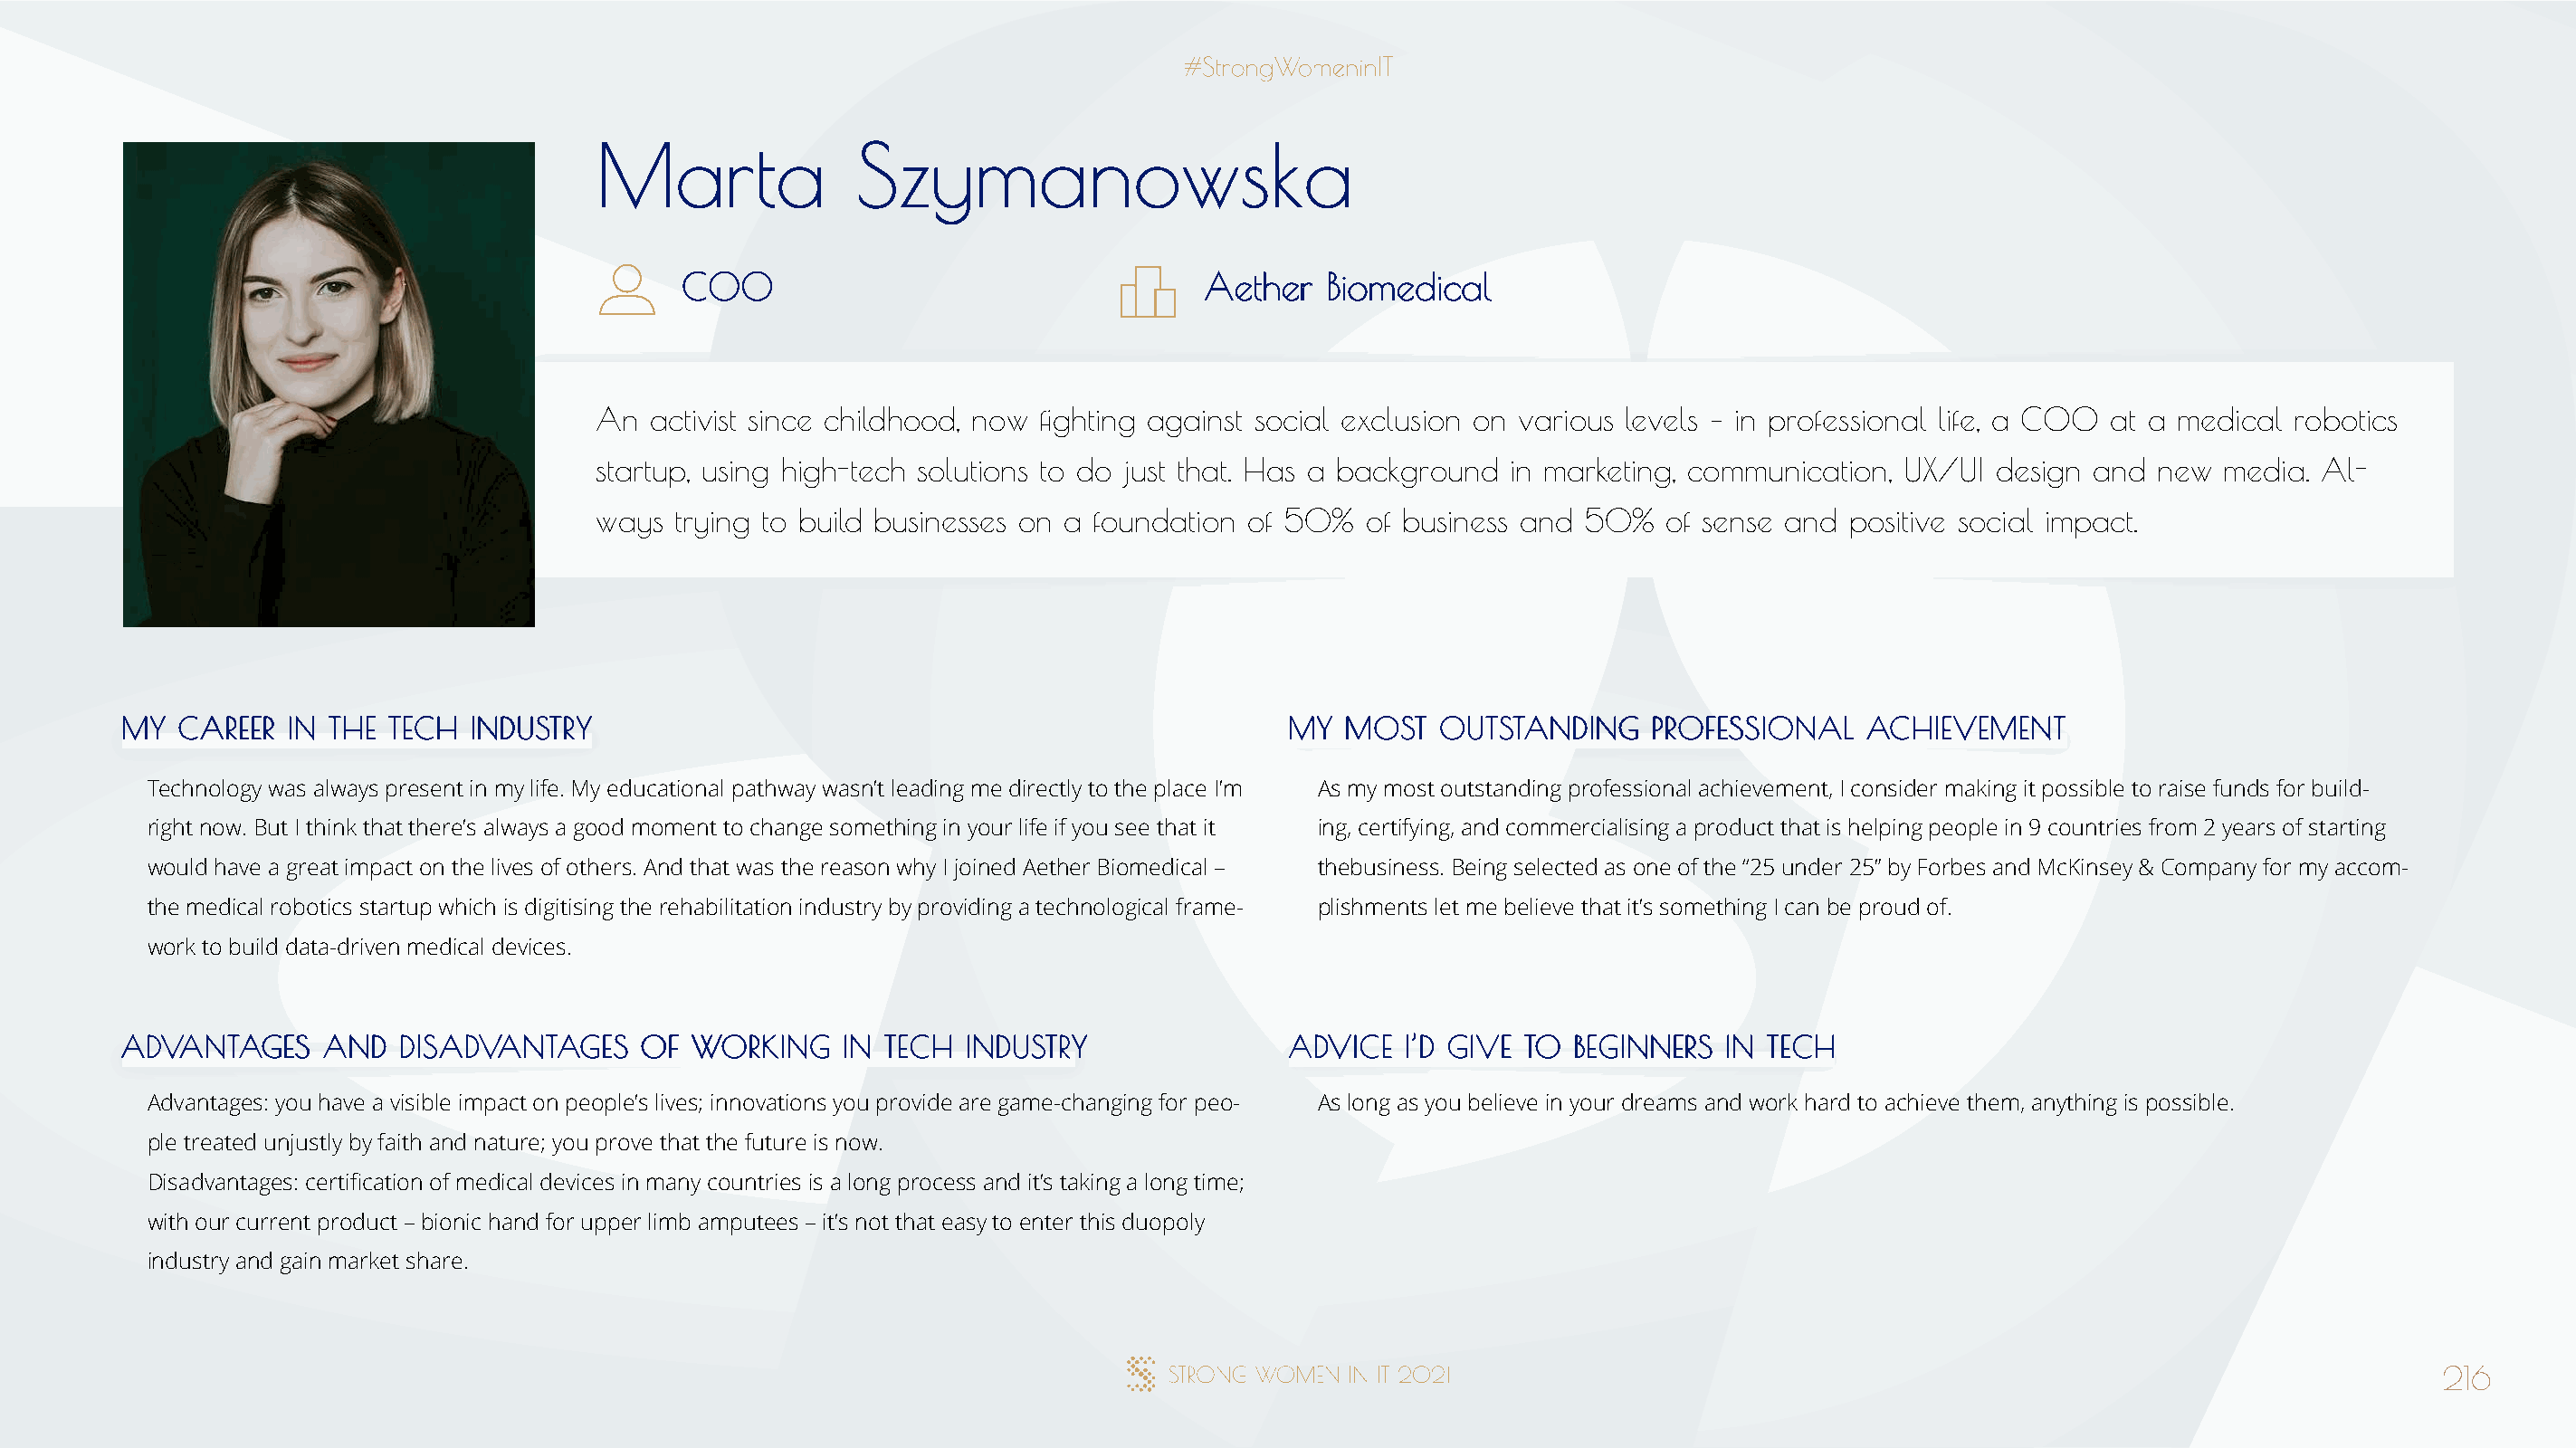
MMaarrttaa         SSzzyymmaannoowwsskkaa
 CCOOOO                                AAeetthheerr BBiioommeeddiiccaall
 An  activist since childhood, now fighting against social exclusion on various levels – in professional life, a COO at a medical robotics
 startup, using high-tech solutions to do just that. Has a background in marketing, communication, UX/UI design and new media. Al-
 ways trying to build businesses on a foundation of 50%  of business and 50%   of sense and positive social impact.
 MMYY CCAARREEEERR IINN TTHHEE TTEECCHH IINNDDUUSSTTRRYY                              MMYY MMOOSSTT OOUUTTSSTTAANNDDIINNGG PPRROOFFEESSSSIIOONNAALL AACCHHIIEEVVEEMMEENNTT
 Technology was always present in my life. My educational pathway wasn’t leading me directly to the place I’m As my most outstanding professional achievement, I consider making it possible to raise funds for build-
 right now. But I think that there’s always a good moment to change something in your life if you see that it ing, certifying, and commercialising a product that is helping people in 9 countries from 2 years of starting
 would have a great impact on the lives of others. And that was the reason why I joined Aether Biomedical – thebusiness. Being selected as one of the “25 under 25” by Forbes and McKinsey & Company for my accom-
 the medical robotics startup which is digitising the rehabilitation industry by providing a technological frame- plishments let me believe that it’s something I can be proud of.
 work to build data-driven medical devices.
 AADDVVAANNTTAAGGEESS AANNDD DDIISSAADDVVAANNTTAAGGEESS OOFF WWOORRKKIINNGG IINN TTEECCHH IINNDDUUSSTTRRYY AADDVVIICCEE II’’DD GGIIVVEE TTOO BBEEGGIINNNNEERRSS IINN TTEECCHH
 Advantages: you have a visible impact on people’s lives; innovations you provide are game-changing for peo- As long as you believe in your dreams and work hard to achieve them, anything is possible.
 ple treated unjustly by faith and nature; you prove that the future is now.
 Disadvantages: certification of medical devices in many countries is a long process and it’s taking a long time;
 with our current product – bionic hand for upper limb amputees – it’s not that easy to enter this duopoly
 industry and gain market share.
 216